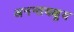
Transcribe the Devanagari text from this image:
अनन्तयक्षुय